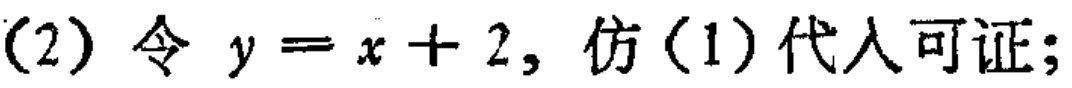
(2) 令 \(y = x + 2\), 仿(1)代入可证;